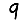
Digit: 9